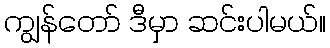
ကျွန်တော် ဒီမှာ ဆင်းပါမယ်။